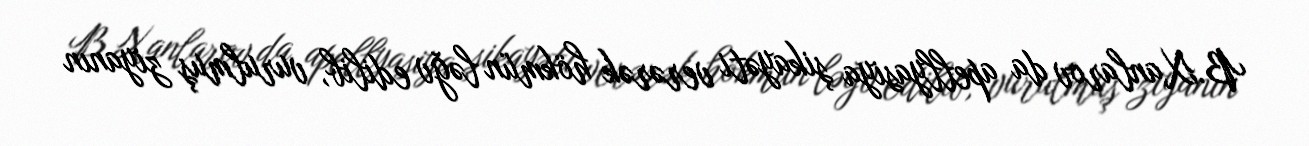
B.Xanlarov da apellyasiya şikayəti verərək hökmün ləğv edilib, vurulmuş ziyanın